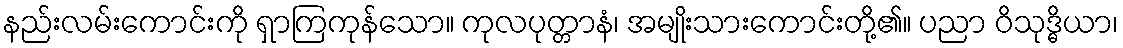
နည်းလမ်းကောင်းကို ရှာကြကုန်သော။ ကုလပုတ္တာနံ၊ အမျိုးသားကောင်းတို့၏။ ပညာ ဝိသုဒ္ဓိယာ၊